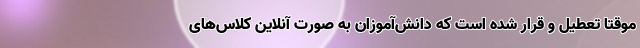
موقتا تعطیل و قرار شده است که دانش‌آموزان به صورت آنلاین کلاس‌های